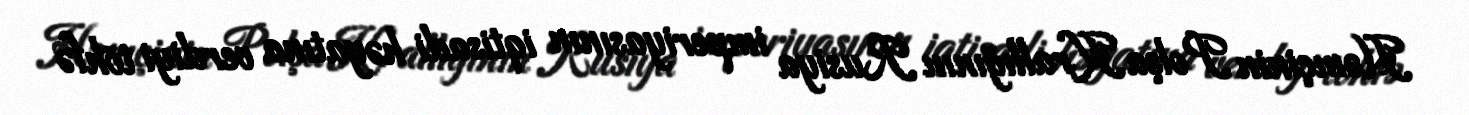
Həmçinin Polşa Krallığının Rusiya imperiyasının iqtisadi həyatına verdiyi töhfə